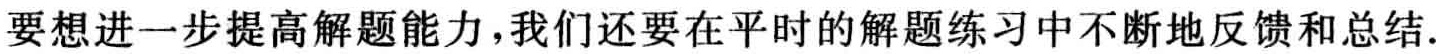
要想进一步提高解题能力，我们还要在平时的解题练习中不断地反馈和总结.